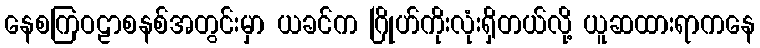
နေစကြဝဠာစနစ်အတွင်းမှာ ယခင်က ဂြိုဟ်ကိုးလုံးရှိတယ်လို့ ယူဆထားရာကနေ